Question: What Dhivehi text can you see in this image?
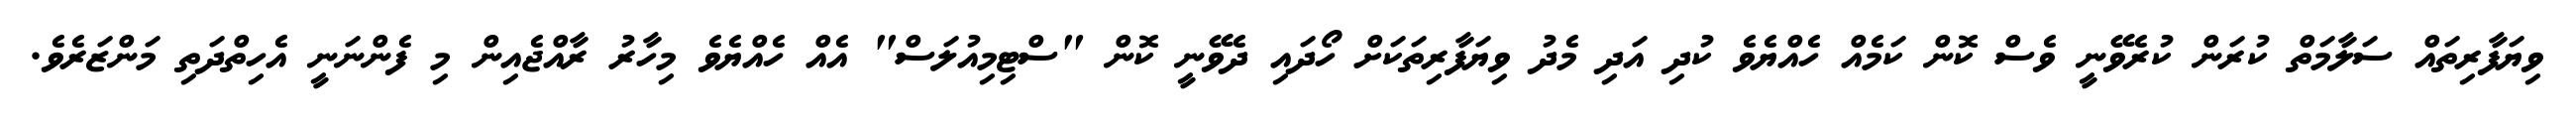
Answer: ވިޔަފާރިތައް ސަލާމަތް ކުރަން ކުރެވޭނީ ވެސް ކޮން ކަމެއް ހެއްޔެވެ ކުދި އަދި މެދު ވިޔަފާރިތަކަށް ހޯދައި ދެވޭނީ ކޮން "ސްޓިމިއުލަސް" އެއް ހެއްޔެވެ މިހާރު ރާއްޖެއިން މި ފެންނަނީ އެހިތްދަތި މަންޒަރެވެ.